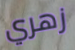
زهري